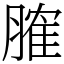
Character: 𦞦